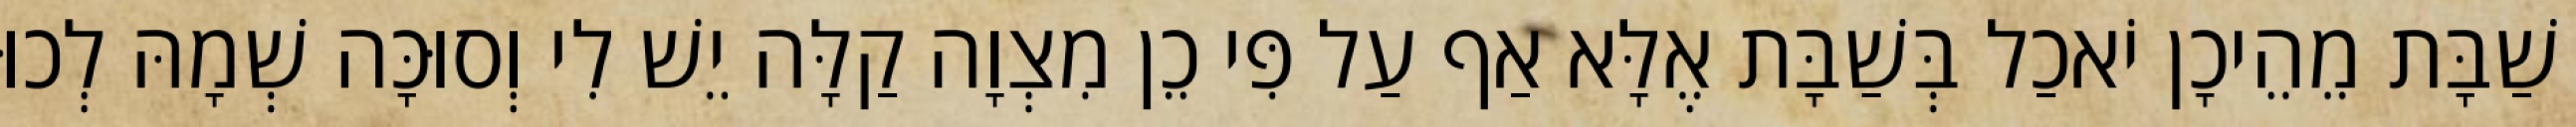
שַׁבָּת מֵהֵיכָן יֹאכַל בְּשַׁבָּת אֶלָּא אַף עַל פִּי כֵן מִצְוָה קַלָּה יֵשׁ לִי וְסוּכָּה שְׁמָהּ לְכוּ